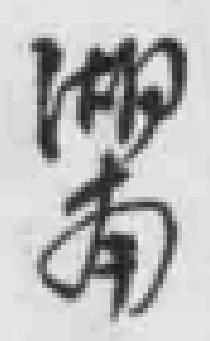
湖南